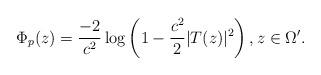
LaTeX: \begin{align*} \Phi_{p}(z )= {\frac{-2}{c^2}} \log \left (1 - \frac{c^2}{2} |T(z )|^2 \right ), z \in \Omega^{\prime}.\end{align*}